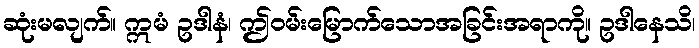
ဆုံးမလျက်။ ဣမံ ဥဒါနံ၊ ဤဝမ်းမြောက်သောအခြင်းအရာကို။ ဥဒါနေသိ၊